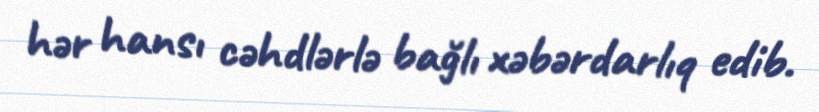
hər hansı cəhdlərlə bağlı xəbərdarlıq edib.